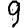
Digit: 9